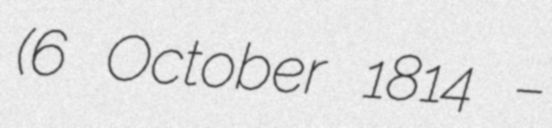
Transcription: (6 October 1814 –